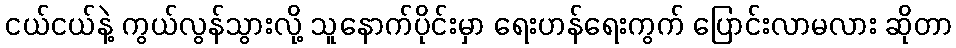
ငယ်ငယ်နဲ့ ကွယ်လွန်သွားလို့ သူနောက်ပိုင်းမှာ ရေးဟန်ရေးကွက် ပြောင်းလာမလား ဆိုတာ